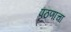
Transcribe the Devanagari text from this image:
पठणाचा